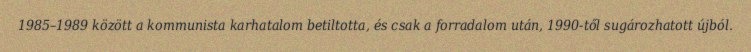
1985–1989 között a kommunista karhatalom betiltotta, és csak a forradalom után, 1990-től sugározhatott újból.